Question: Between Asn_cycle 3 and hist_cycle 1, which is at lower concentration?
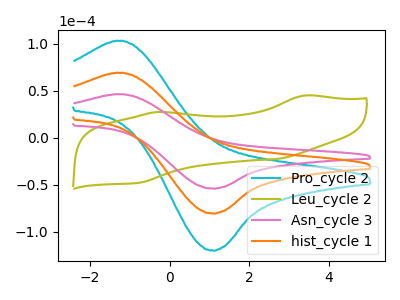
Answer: <think>The cyan curve "Pro_cycle 2" has an anodic peak at (-1.20V, 138.65uA) and a cathodic peak at (1.05V, -160.60uA). The olive curve "Leu_cycle 2" has anodic peaks at (3.40V, 45.05uA) (-0.30V, 27.50uA) and cathodic peaks at (2.70V, -22.50uA) (-0.75V, -47.60uA). The pink curve "Asn_cycle 3" has an anodic peak at (-1.20V, 46.50uA) and a cathodic peak at (1.05V, -53.85uA). The orange curve "hist_cycle 1" has an anodic peak at (-1.20V, 69.35uA) and a cathodic peak at (1.05V, -80.30uA).
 All the peaks in "Asn_cycle 3" have a peak in "hist_cycle 1" at the same potential. Every peak in "Asn_cycle 3" is lower than every peak in "hist_cycle 1".</think>
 <answer>"Asn_cycle 3" has less signal than "hist_cycle 1" and so likely has a lower concentration.</answer>
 <eval>less_concentration</eval>